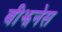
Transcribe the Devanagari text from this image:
बीझनेस